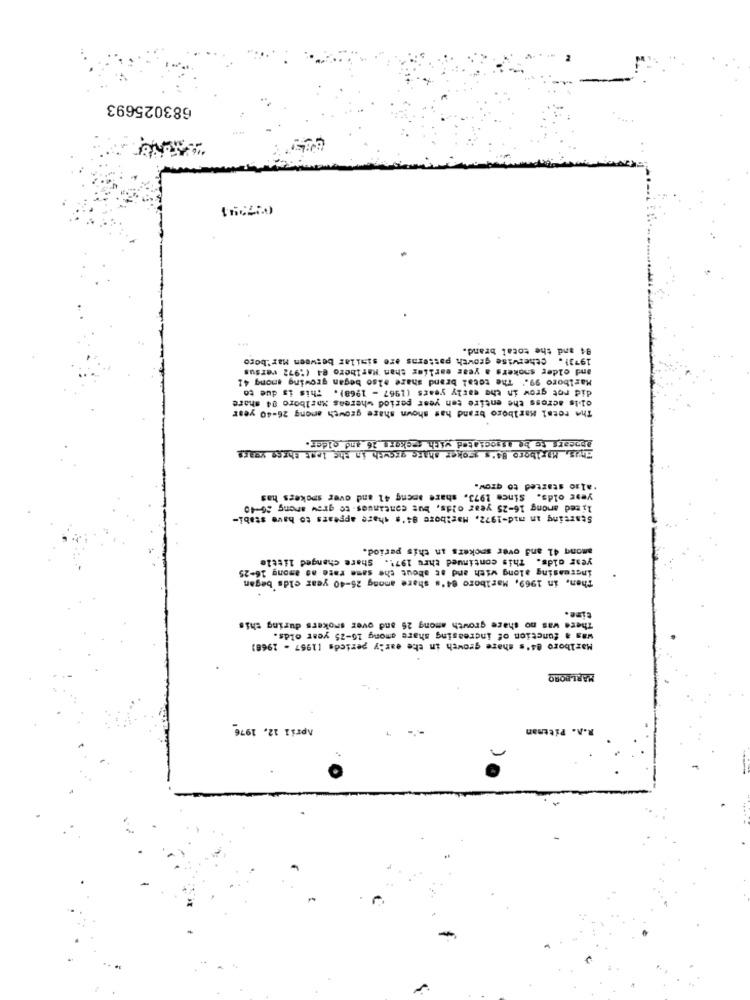
683025693
02734)
94 and the total brand.
19731. ctherwise growth patterns are similar between Mar'boro
and older smokers a year earlier than Haribcro 04 (1972 versus
Marlboro 99. The total brand share also began growing among 41
did not grow in the early years (1967 - 1968). This is due to
olls across the entire ten year period whereas Marlboro 04 share
The rotal Marlboro brand has shown share growth among 26-40 year
Appears to be Associated with eckers 16 and older.
Hras, Marlboro B4's groker share growth in the last three years
'also started to grow.
year olds. Since 1973, share ameng 41 and over smokers has
lized among 16-25 year olds, but continues to grow aneng 56-40
Starting in mid-1972, Maribore 8:'s share appears to have stabi-
among 41 and over smokers in this period.
year olds. This continued thru 197'. Share changed little
increasing along with and at about the same rate as among 16-25
Then, in 1969, Marlboro 84's share among 25-40 year elds began
time.
There was no share growth among 26 and over smokers during this
was a function of increasing share among 16-25 year olds.
Marlboro 84's share growth in the early pericds [1967 - 1968)
MARLBORO
April 12, 1976
R.A. Pitman